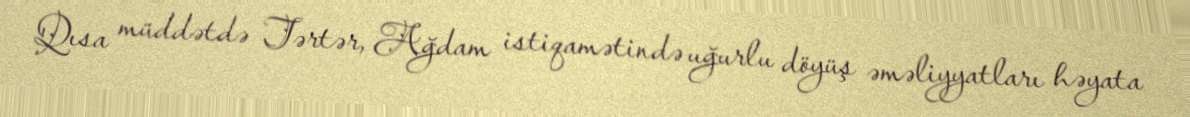
Qısa müddətdə Tərtər, Ağdam istiqamətində uğurlu döyüş əməliyyatları həyata